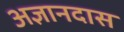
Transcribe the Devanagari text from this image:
अज्ञानदास